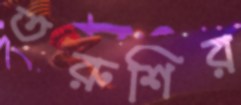
তরুশির